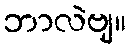
ဘာလဲဗျ။